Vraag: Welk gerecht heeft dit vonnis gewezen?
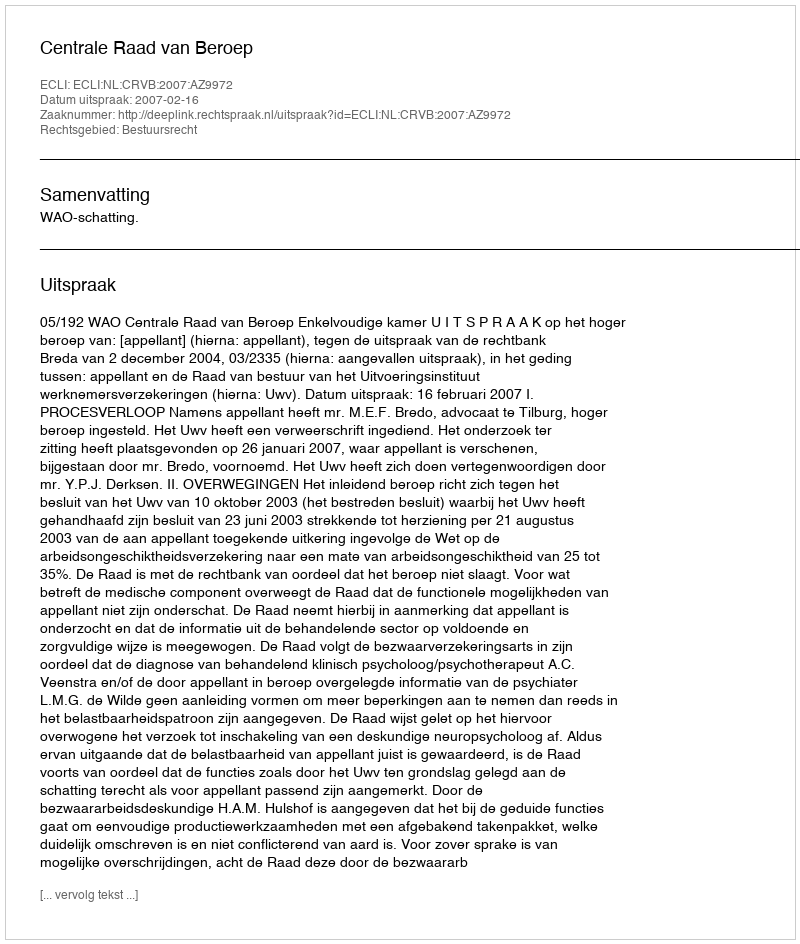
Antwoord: Centrale Raad van Beroep